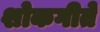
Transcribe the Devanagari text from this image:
शोकगीते